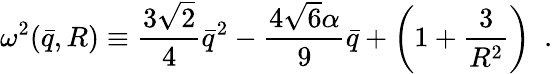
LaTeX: \omega^{2}({\bar{q}},R)\equiv{\frac{3\sqrt{2}}{4}}{\bar{q}}^{2}-{\frac{4\sqrt{6}\alpha}{9}}{\bar{q}}+\left(1+{\frac{3}{R^{2}}}\right)~~.